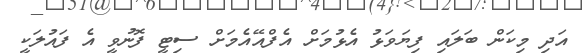
އަދި މިކަން ބަލައި ފިޔަވަޅު އެޅުމަށް އެފްއޭއެމަށް ސިޓީ ފޮނުވީ އެ ފައުލަކީ